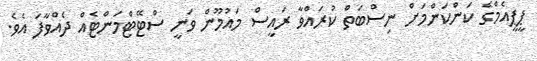
ޕީޕީއެމްގެ ކަންކަންމަށް ނިސްބަތް ކުރައްވާ ރައީސް މައުމޫން ވަނީ ސްޓޭޓްމަންޓެއް ދެއްވާފަ އެވެ.